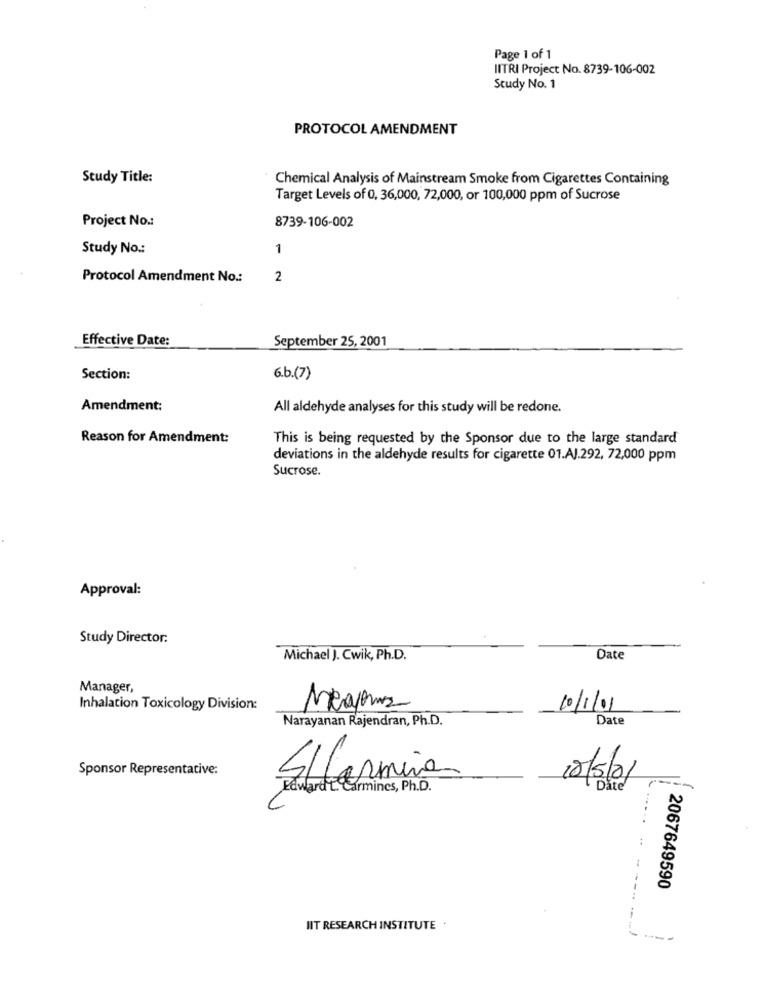
Page 1 of 1
IITRI Project No. 8739-106-002
Study No. 1
PROTOCOL AMENDMENT
Study Title:
Chemical Analysis of Mainstream Smoke from Cigarettes Containing
Target Levels of 0, 36,000, 72,000, or 100,000 ppm of Sucrose
Project No .:
8739-106-002
Study No .:
1
Protocol Amendment No .:
2
Effective Date:
September 25, 2001
Section:
6.b. (7)
Amendment:
All aldehyde analyses for this study will be redone.
Reason for Amendment:
This is being requested by the Sponsor due to the large standard
deviations in the aldehyde results for cigarette 01.AJ.292, 72,000 ppm
Sucrose.
Approval:
Study Director:
Michael J. Cwik, Ph.D.
Date
Manager,
Inhalation Toxicology Division:
10/1/01
Narayanan Rajendran, Ph.D.
Date
Sponsor Representative:
SICarmina
10/5/01
Edward t Carmines, Ph.D.
Date
2067649590
IIT RESEARCH INSTITUTE .